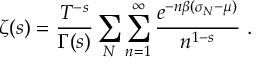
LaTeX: \zeta ( s ) = \frac { T ^ { - s } } { \Gamma ( s ) } \sum _ { N } \sum _ { n = 1 } ^ { \infty } \frac { e ^ { - n \beta ( \sigma _ { N } - \mu ) } } { n ^ { 1 - s } } \; .